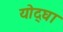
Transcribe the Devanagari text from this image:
योद्घा